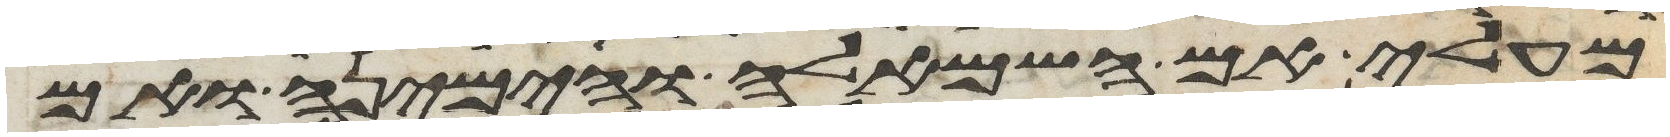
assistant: מעלי אם השמאלה והימינה ואם